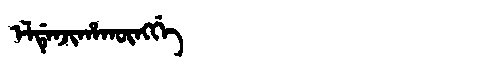
Manchu: ᡝᠯᡩᡝᠨᠵᡳᡥᠠᡴᡡᠩᡤᡝ
Romanization: ELDENJIHAKŪNGGE